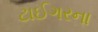
ટાઈગરના